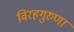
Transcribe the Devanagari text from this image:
विरहगुरुणां